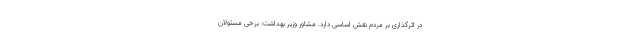
در اثرگذاری بر مردم نقش اساسی دارد. مشاور وزیر بهداشت: برخی مسئولان